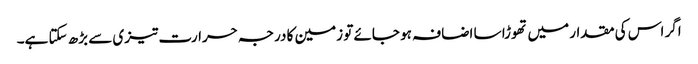
اگر اس کی مقدار میں تھوڑا سا اضافہ ہو جائے تو زمین کا درجہ حرارت تیزی سے بڑھ سکتا ہے۔